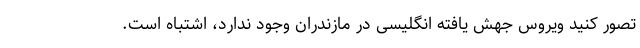
تصور کنید ویروس جهش یافته انگلیسی در مازندران وجود ندارد، اشتباه است.